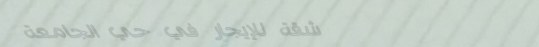
شقة للإيجار في حي الجامعة